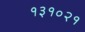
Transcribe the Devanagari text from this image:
१३१०२१